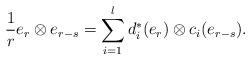
LaTeX: \begin{align*} \frac{1}{r}e_r\otimes e_{r-s}=\sum_{i=1}^l d_i^*(e_r)\otimes c_i(e_{r-s}).\end{align*}